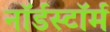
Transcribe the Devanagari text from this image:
नॉर्डस्टॉर्म